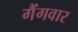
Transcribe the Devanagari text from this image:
गैंगवार